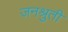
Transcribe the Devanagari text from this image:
जनश्रुती